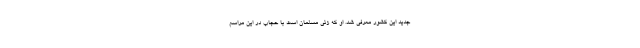
جدید این کشور معرفی شد. او که زنی مسلمان است با حجاب در این مراسم